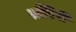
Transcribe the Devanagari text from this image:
लौरिरी